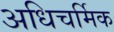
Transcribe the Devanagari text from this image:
अधिचर्मिक